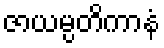
ဇာယမ္ပတိကာနံ